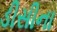
ડીસીના